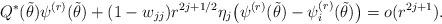
LaTeX: \begin{align*} & Q^*(\tilde{\theta})\psi^{(r)}(\tilde{\theta}) + (1-w_{jj})r^{2j+1/2} \eta_j \bigl ( \psi^{(r)}(\tilde{\theta})-\psi^{(r)}_i(\tilde{\theta}) \bigr ) = o(r^{2j+1}). \end{align*}